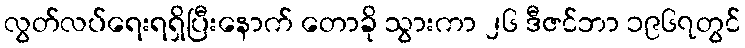
လွတ်လပ်ရေးရရှိပြီးနောက် တောခို သွားကာ ၂၆ ဒီဇင်ဘာ ၁၉၆၇တွင်